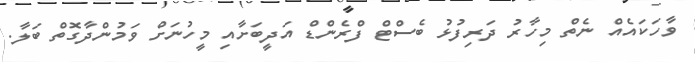
ވާހަކައެއް ނެތް މިހާރު ދަރިފުޅު ބެސްޓް ފްރެންޑް އަދީބަށާއި މީހުނަށް ވަމުންދާގޮތް ބަލާ.